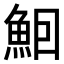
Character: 𬵈